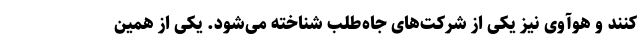
کنند و هوآوی نیز یکی از شرکت‌های جاه‌طلب شناخته می‌شود. یکی از همین